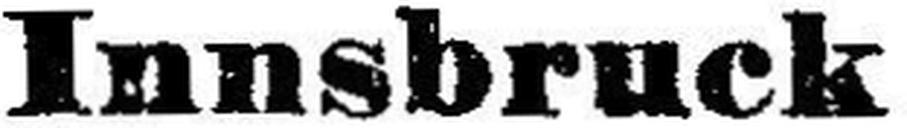
Innsbruck